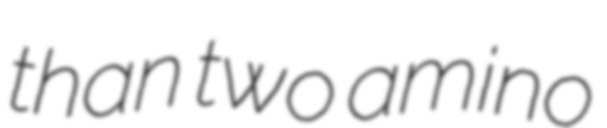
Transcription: than two amino